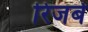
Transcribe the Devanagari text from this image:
रिजर्ब